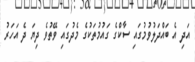
އަދި އެ ބައްދަލުވުމުގައި ސާކްގެ ގައުމުތަކުގެ މެދުގައި ވޭތުވެ ދިޔަ ދެ އަހަރު